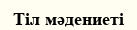
Тіл мәдениеті